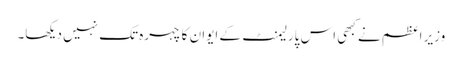
وزیر اعظم نے کبھی اس پارلیمنٹ کے ایوان کا چہرہ تک نہیں دیکھا۔